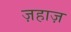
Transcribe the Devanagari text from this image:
ज़हाज़